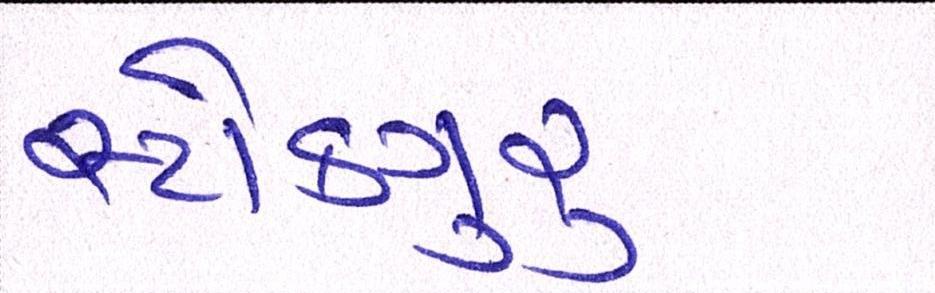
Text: સ્ટોકગુરૃ